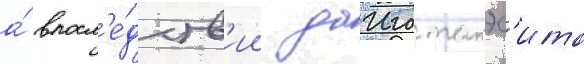
а́ впосл'е́дств'ии даиго такэс'ита